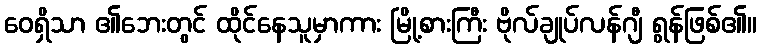
ဝေရှိသာ ၏ဘေးတွင် ထိုင်နေသူမှာကား မြို့စားကြီး ဗိုလ်ချုပ်လန်ဂျီ ရွန်ဖြစ်၏။